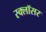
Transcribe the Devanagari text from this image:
स्क्लॉसर